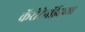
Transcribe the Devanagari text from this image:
कॅरोटेनॉईडच्या